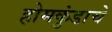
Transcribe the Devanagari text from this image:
होमकुंडाचे